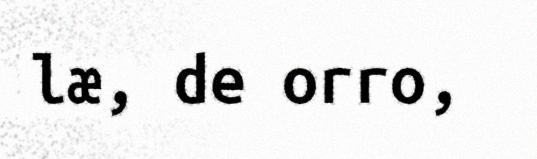
læ, de orro,